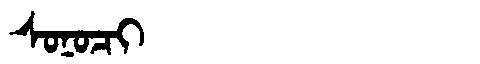
Manchu: ᠰᠣᠨᠣᠴᡳ
Romanization: SONOCI